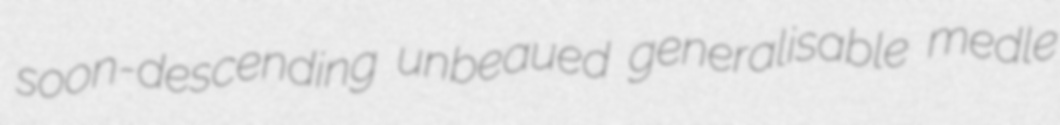
soon-descending unbeaued generalisable medle